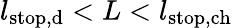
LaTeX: l_{\mathrm{stop,d}}<L<l_{\mathrm{stop,ch}}